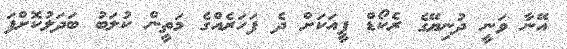
އޭނާ ވަނީ ދުނިޔޭގެ ރެކޯޑް ފީއަކަށް ދެ ފަހަރެއްގެ މަތީން ކުލަބު ބަދަލުކޮށްފަ